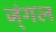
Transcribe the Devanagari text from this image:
ज्ंगल